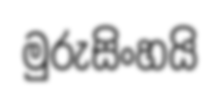
මුරුසිංහයි